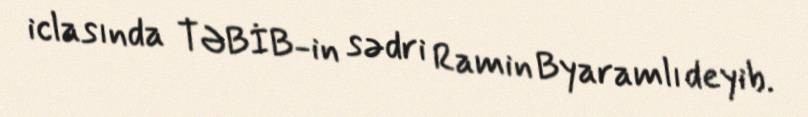
iclasında TƏBİB-in sədri Ramin Byaramlı deyib.